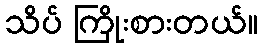
သိပ် ကြိုးစားတယ်။